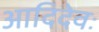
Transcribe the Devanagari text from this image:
आदिदेवः